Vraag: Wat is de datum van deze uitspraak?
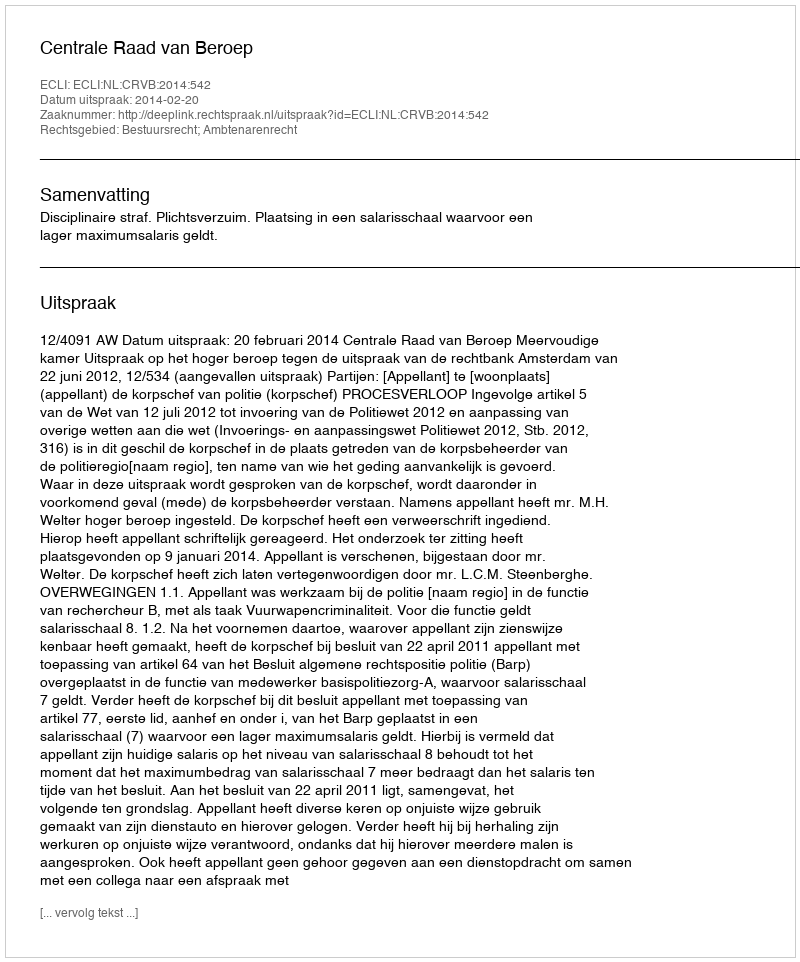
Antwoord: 2014-02-20